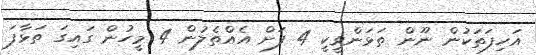
އަހިފަތަކުން ނޫން ތަޅަންވީކީ 4 ފަށް އެއްތެލުން 4 މީހުން ގައިގަ ތަޅާފަ